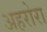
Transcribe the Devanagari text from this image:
अहरोरा